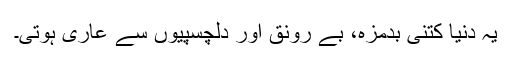
یہ دنیا کتنی بدمزہ، بے رونق اور دلچسپیوں سے عاری ہوتی۔